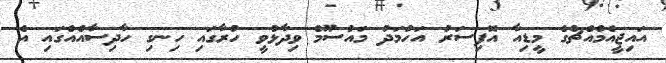
އައިޖީއެމްއެޗްގެ މީޑިއާ އޮފިސަރު އަހުމަދު މައުސޫމް ވިދާޅުވީ ހުރާގައި ހިނގި ހާދިސާއެއްގައި އެ